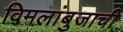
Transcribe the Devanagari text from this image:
विमलांबुजाची